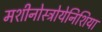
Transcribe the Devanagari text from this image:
मशीनोस्त्रोयेनिशिया